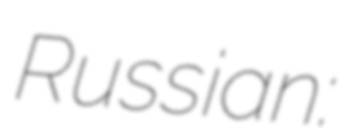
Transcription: Russian: